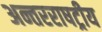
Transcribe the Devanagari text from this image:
अन्तरराषट्रीय